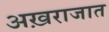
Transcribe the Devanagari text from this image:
अख़राजात